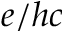
e / h c